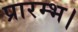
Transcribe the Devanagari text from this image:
प्रारम्‍भ।